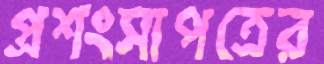
প্রশংসাপত্রের